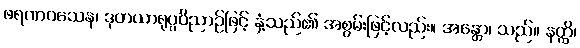
ဖရဏဝသေန၊ ဒုတယာရုပ္ပဝိညာဉ်ဖြင့် နှံ့သည်၏ အစွမ်းဖြင့်လည်း။ အန္တော၊ သည်။ နတ္ထိ၊